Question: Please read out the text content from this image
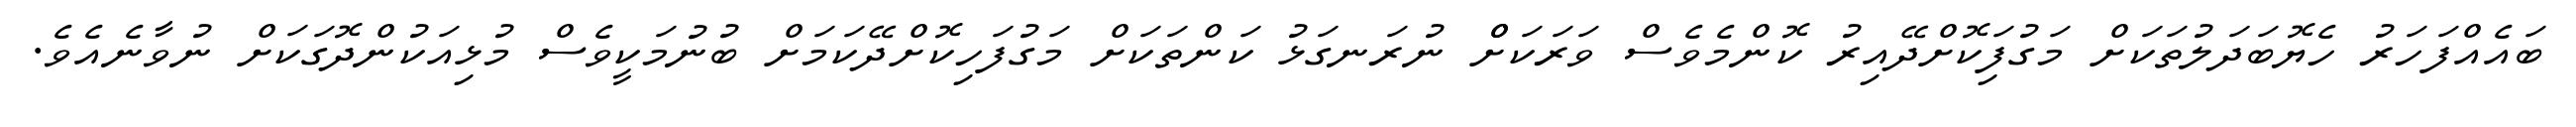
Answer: ބައެއްފަހަރު ހެޔޮބަދަލުތަކަށް މަގުފަިކޮށްދޭއިރު ކޮންމެވެސް ވަރަކަށްް ނުރަނގަޅު ކަންތަކަށް މަގުފަހިކޮށްދޭކަމަށް ބުނުމަކީވެސް މުޅިއަކުންދޮގަކަށް ނުވާނެއެވެ.